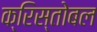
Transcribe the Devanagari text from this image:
क्रिस्तोबल